Report on the lunatic asylums under the Government of Bombay - 1904-1913
Year: 1904
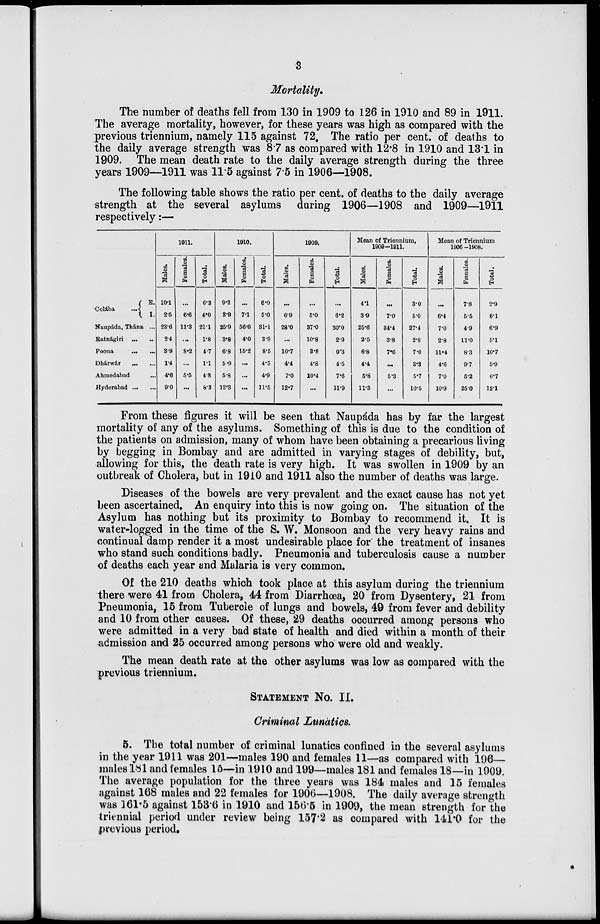
3
Mortality.
The number of deaths fell from 130 in 1909 to 126 in 1910 and 89 in 1911.
The average mortality, however, for these years was high as compared with the
previous triennium, namely 115 against 72. The ratio per cent. of deaths to
the daily average strength was 8.7 as compared with 12.8 in 1910 and 13.1 in
1909. The mean death rate to the daily average strength during the three
years 1909—1911 was 11.5 against 7.5 in 1906—1908.
The following table shows the ratio per cent. of deaths to the daily average
strength at the several asylums during 1906—1908 and 1909—1911
respectively:—
Colába
...
E.
I.
Naupáda, Thána ...
Ratnágiri ... ...
Poona ... ...
Dhárwár
...
...
Ahmedabad
...
Hyderabad
...
...
1911.
Males.
10.1
2.5
23.6
2.4
3.9
1.4
4.6
9.0
Females.
...
6.6
11.3
...
8.2
...
5.5
...
Total.
6.3
4.0
211
1.8
4.7
1.1
4.8
8.3
1910.
Males.
9.2
3.9
25.9
3.8
6.8
5.9
5.8
12.3
Females.
...
7.1
56.6
4.0
16.2
...
...
...
Total.
6.0
5.0
31.1
3.9
8.5
4.5
4.9
11.5
1909.
Males.
...
6.9
28.0
...
10.7
4.4
7.0
12.7
Females.
...
5.0
37.0
10.8
3.8
4.8
10.4
...
Total.
...
6.2
30.0
2.9
9.3
4.5
7.6
11.9
Mean of Triennium,
1909-1911.
Males.
4.1
3.9
25.6
2.5
6.8
4.4
5.8
11.3
Females.
...
7.0
84.4
38
7.6
...
5.3
...
Total.
3.0
5.0
27.4
2.8
7.0
3.3
5.7
10.5
Mean of Triennium
1906 -1908.
Males.
...
6.4
7.0
2.8
11.4
4.6
7.0
10.9
Females.
7.8
5.5
4.9
11.0
8.3
9.7
5.2
25.0
Total.
2.9
6.1
6.9
5.1
10.7
5.9
6.7
12.1
From these figures it will be seen that Naupáda has by far the largest
mortality of any of the asylums. Something of this is due to the condition of
the patients on admission, many of whom have been obtaining a precarious living
by begging in Bombay and are admitted in varying stages of debility, but,
allowing for this, the death rate is very high. It was swollen in 1909 by an
outbreak of Cholera, but in 1910 and 1911 also the number of deaths was large.
Diseases of the bowels are very prevalent and the exact cause has not yet
been ascertained. An enquiry into this is now going on. The situation of the
Asylum has nothing but its proximity to Bombay to recommend it. It is
water-logged in the time of the S. W. Monsoon and the very heavy rains and
continual damp render it a most undesirable place for the treatment of insanes
who stand such conditions badly. Pneumonia and tuberculosis cause a number
of deaths each year and Malaria is very common.
Of the 210 deaths which took place at this asylum during the triennium
there were 41 from Cholera, 44 from Diarrhœa, 20 from Dysentery, 21 from
Pneumonia, 15 from Tubercle of lungs and bowels, 49 from fever and debility
and 10 from other causes. Of these, 29 deaths occurred among persons who
were admitted in a very bad state of health and died within a month of their
admission and 25 occurred among persons who were old and weakly.
The mean death rate at the other asylums was low as compared with the
previous triennium.
STATEMENT No. II.
Criminal Lunatics.
5. The total number of criminal lunatics confined in the several asylums
in the year 1911 was 201—males 190 and females 11—as compared with 196—
males 181 and females 15—in 1910 and 199—males 181 and females 18—in 1909.
The average population for the three years was 184 males and 15 females
against 168 males and 22 females for 1906—1908. The daily average strength
was 161.5 against 153.6 in 1910 and 156.5 in 1909, the mean strength for the
triennial period under review being 157.2 as compared with 141.0 for the
previous period.